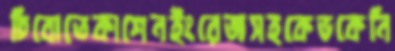
চিবোতেকাশেনইংরেজসহকেভকেনি